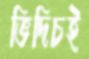
ভিদিচই